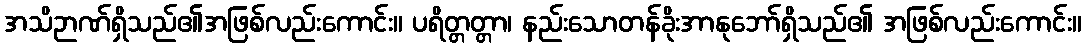
အသိဉာဏ်ရှိသည်၏အဖြစ်လည်းကောင်း။ ပရိတ္တတ္တာ၊ နည်းသောတန်ခိုးအာနုဘော်ရှိသည်၏ အဖြစ်လည်းကောင်း။